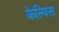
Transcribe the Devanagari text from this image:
केल्पिस